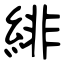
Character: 緋